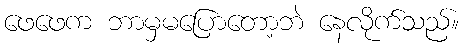
ဖေဖေက ဘာမှမပြောတော့ဘဲ နေလိုက်သည်။